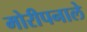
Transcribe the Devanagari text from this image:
मोरीपनाले